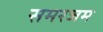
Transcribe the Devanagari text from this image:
समरजम